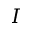
I